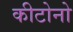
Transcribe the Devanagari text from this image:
कीटोनो